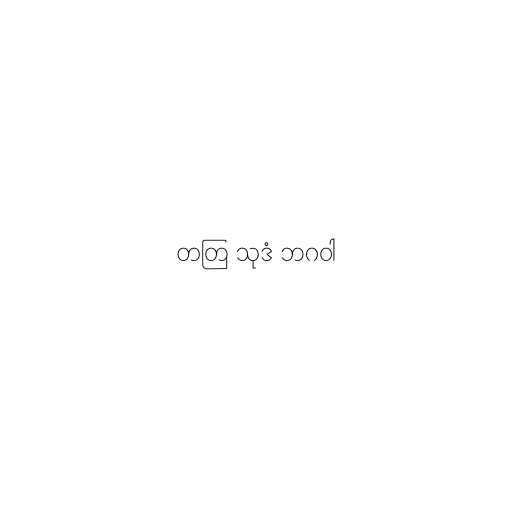
တတြ သုဒံ ဘဂဝါ